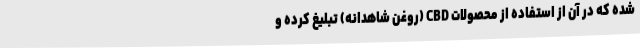
شده که در آن از استفاده از محصولات CBD (روغن شاهدانه) تبلیغ کرده و